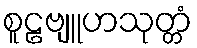
စူဠဗျူဟသုတ္တံ